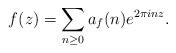
LaTeX: \begin{align*}f(z)=\sum_{n\geq 0} a_{f}(n) e^{2\pi i n z}.\end{align*}